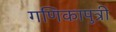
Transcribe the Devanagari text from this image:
गणिकापुत्री